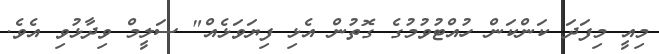
މިއީ މިފަދަ ކަންކަން ހުއްޓުވުމުގެ ގޮތުން އެޅި ފިޔަވަޅެއް" ސަލީމް ވިދާޅުވި އެވެ.